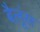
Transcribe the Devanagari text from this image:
बैलूंस